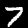
Digit: 7